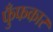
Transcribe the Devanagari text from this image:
फुँफकार